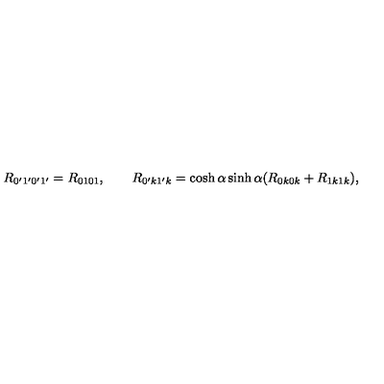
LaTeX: R _ { 0 ^ { \prime } 1 ^ { \prime } 0 ^ { \prime } 1 ^ { \prime } } = R _ { 0 1 0 1 } , \qquad R _ { 0 ^ { \prime } k 1 ^ { \prime } k } = \cosh \alpha \sinh \alpha ( R _ { 0 k 0 k } + R _ { 1 k 1 k } ) ,